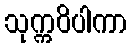
သုက္ကဝိပါကာ